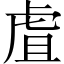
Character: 虘